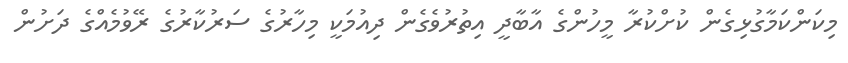
މިކަންކަމާގުޅިގެން ކުށްކުރާ މީހުންގެ އާބާދީ އިތުރުވެގެން ދިއުމަކީ މިހާރުގެ ސަރުކާރުގެ ރޭވުމެއްގެ ދަށުން